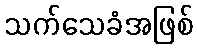
သက်သေခံအဖြစ်